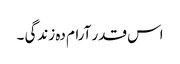
اس قدر آرام دہ زندگی ۔